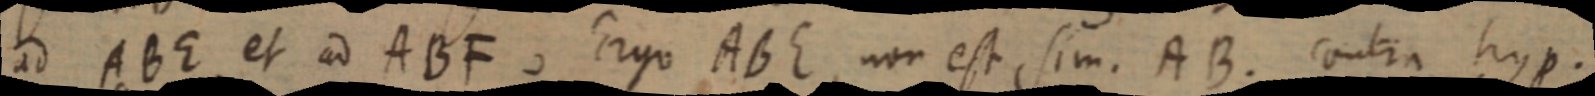
ad ABE et ad ABF, Ergo ABE, non est sim. AB. contra hyp.